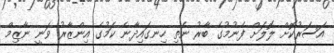
އަސަރުކޮށް ލޮލަށް ފެނުމުގެ ބާރު ނެތި ހިނގައިދާނެ ކަމުގެ އިންޒާރު ވަނީ ނާޒިމް